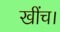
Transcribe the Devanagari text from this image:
खींच।